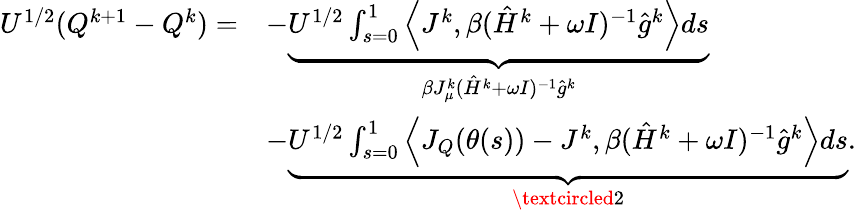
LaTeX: \begin{array}{rl}{U^{1/2}(Q^{k+1}-Q^{k})=}&{-\underbrace{U^{1/2}\int_{s=0}^{1}\left\langle J^{k},\beta(\hat{H}^{k}+\omega I)^{-1}\hat{g}^{k}\right\rangle ds}_{\beta J_{\mu}^{k}(\hat{H}^{k}+\omega I)^{-1}\hat{g}^{k}}}\\ &{-\underbrace{U^{1/2}\int_{s=0}^{1}\left\langle J_{Q}(\theta(s))-J^{k},\beta(\hat{H}^{k}+\omega I)^{-1}\hat{g}^{k}\right\rangle ds}_{\textcircled{2}}.}\end{array}